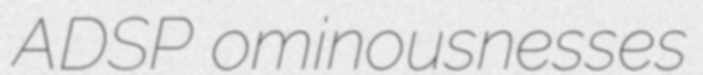
ADSP ominousnesses